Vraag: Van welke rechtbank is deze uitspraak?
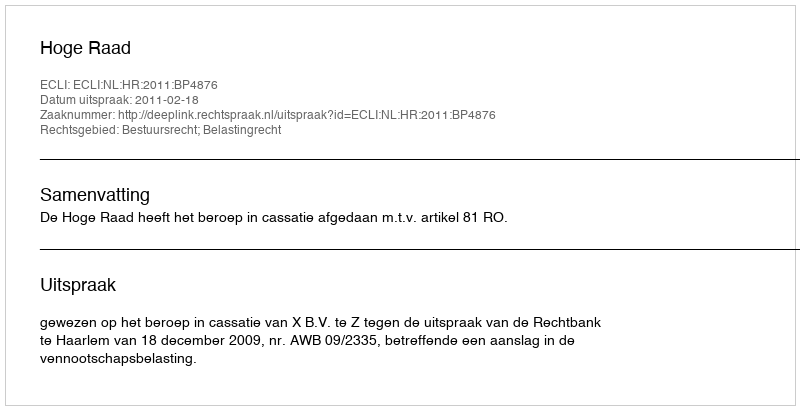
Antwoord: Hoge Raad